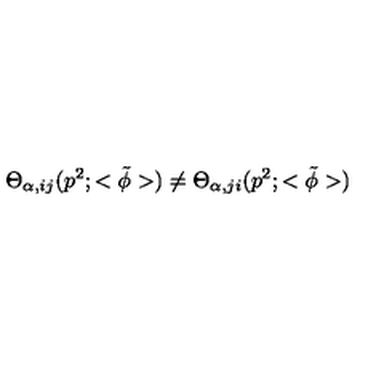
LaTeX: { \Theta } _ { { \alpha } , i j } ( p ^ { 2 } ; < { \tilde { \phi } } > ) \neq { \Theta } _ { { \alpha } , j i } ( p ^ { 2 } ; < { \tilde { \phi } } > )